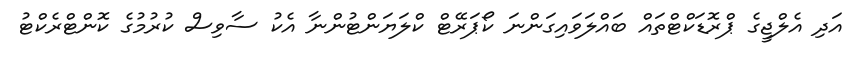
އަދި އެލްޖީގެ ޕްރޮޑަކްޓްތައް ބައްލަވައިގަންނަ ކޯޕަރޭޓް ކްލަޔަންޓުންނާ އެކު ސާވިސް ކުރުމުގެ ކޮންޓްރެކްޓު